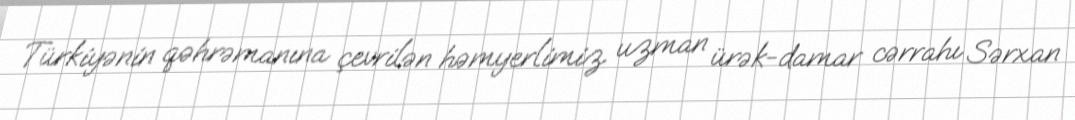
Türkiyənin qəhrəmanına çevrilən həmyerlimiz uzman ürək-damar cərrahı Sərxan